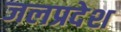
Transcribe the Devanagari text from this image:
जलप्रदेश